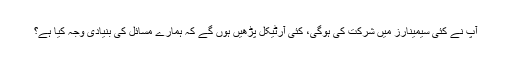
آپ نے کئی سیمینارز میں شرکت کی ہوگی، کئی آرٹیکل پڑھیں ہوں گے کہ ہمارے مسائل کی بنیادی وجہ کیا ہے؟